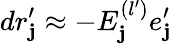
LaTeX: dr_{\mathbf{j}}^{\prime}\approx-E_{\mathbf{j}}^{(l^{\prime})}e_{\mathbf{j}}^{\prime}